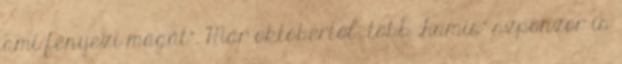
ami fényezi magát”. Már októbertől, több „hamis” szponzor is